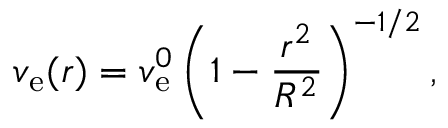
v _ { \mathrm { e } } ( r ) = v _ { \mathrm { e } } ^ { 0 } \left( 1 - \frac { r ^ { 2 } } { R ^ { 2 } } \right) ^ { - 1 / 2 } ,